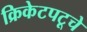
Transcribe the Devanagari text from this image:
क्रिकेटपटूचे